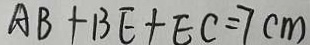
A B + B E + E C = 7 c m